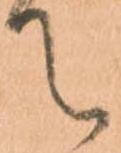
て